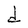
Character: d